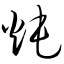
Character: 炖